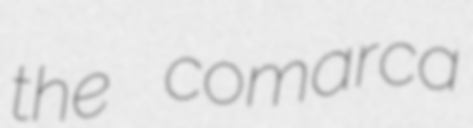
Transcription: the comarca